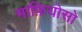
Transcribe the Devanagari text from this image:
माफ़ियोसो